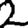
Digit: 2